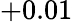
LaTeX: +0.01